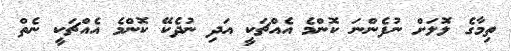
ތިމާގެ ލަޮލަށް ނުފެންނަ ކޮންމެ އެއްޗަކީ އަދި ނުދެކޭ ކޮންމެ އެއްޗަކީ ނެތް